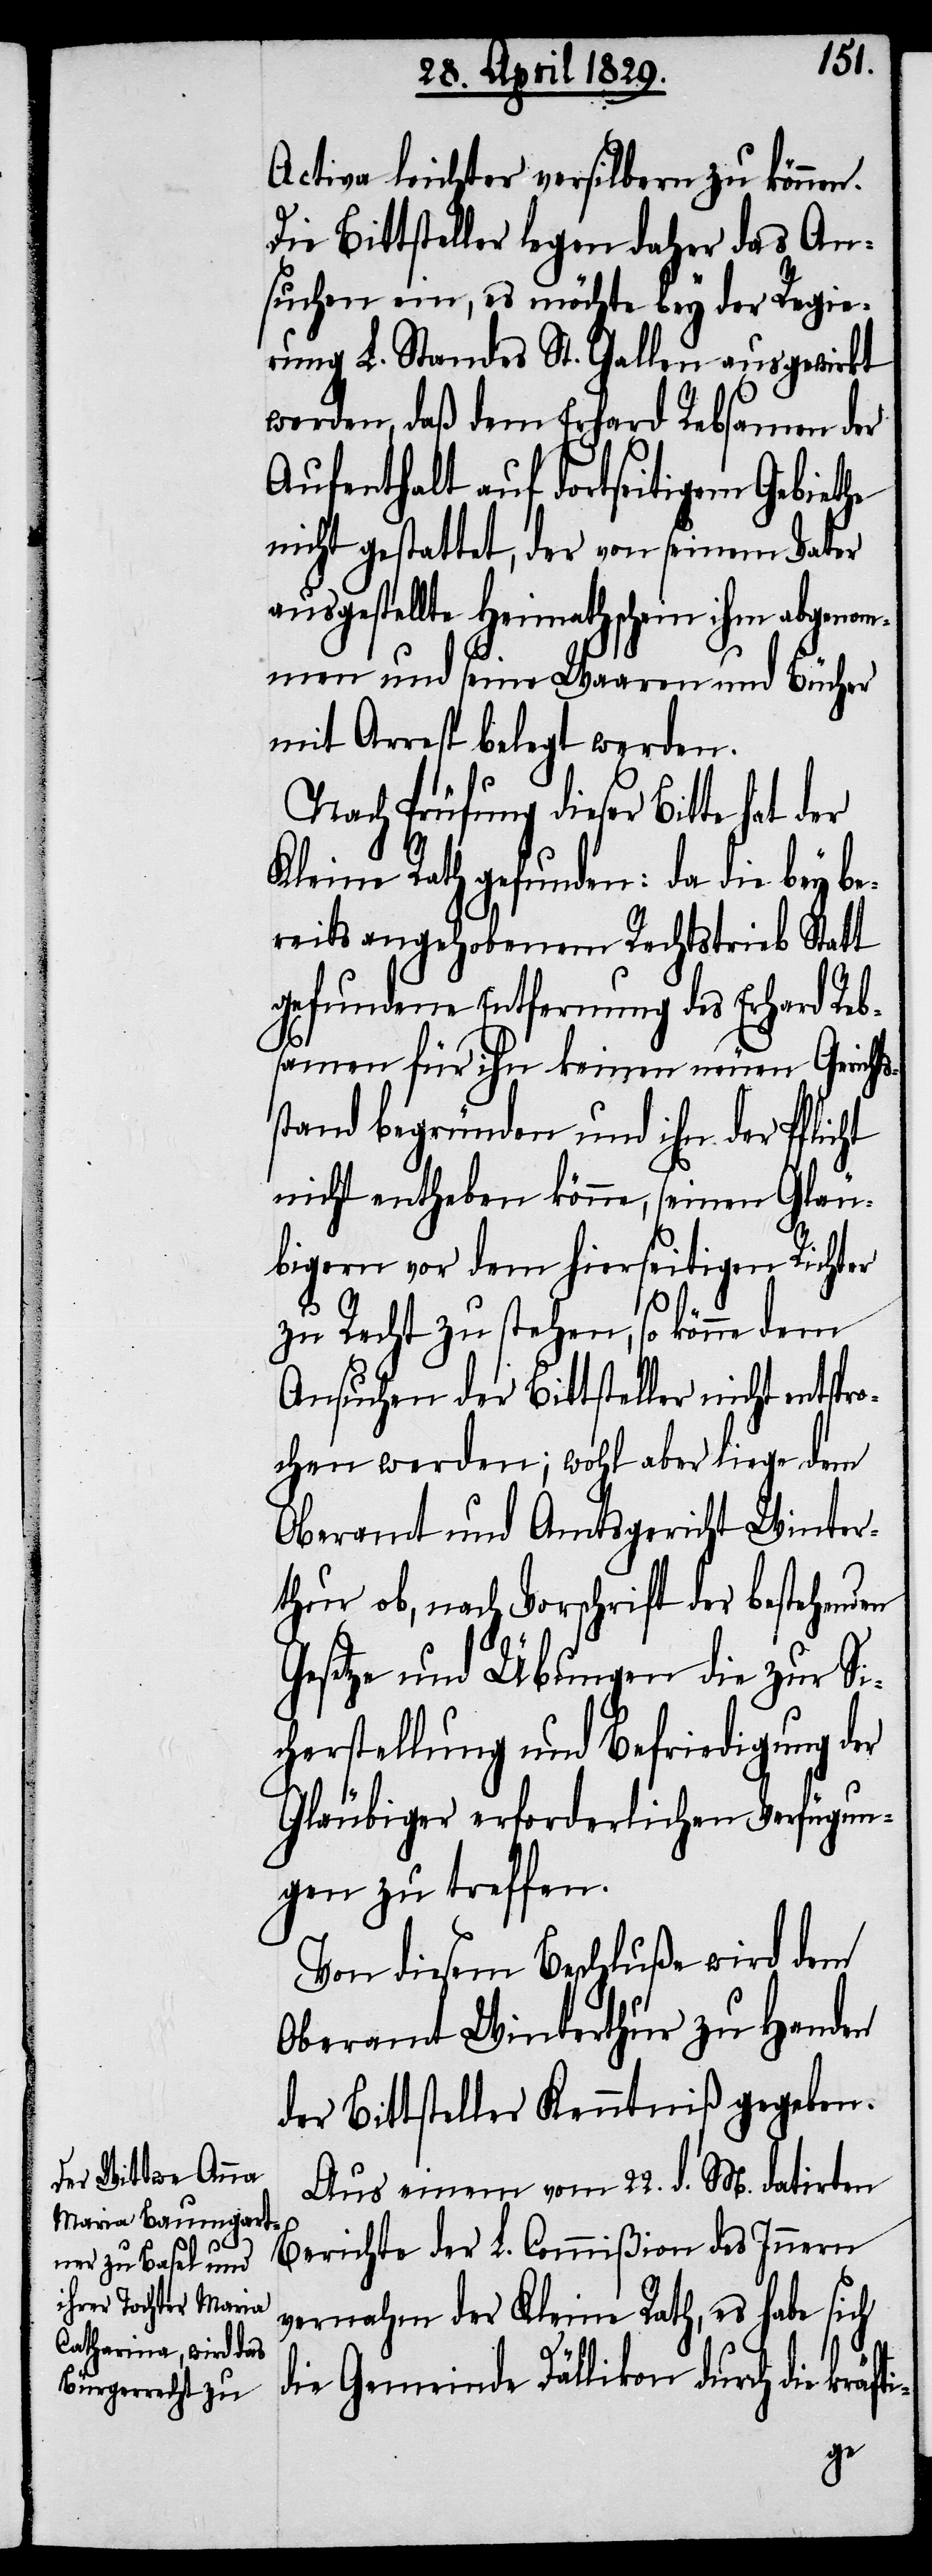
[sic!] leichter versilbern zu können.
Die Bittsteller legen daher das An¬
suchen ein, es möchte bey der Regie¬
rung L. Standes St. Gallen ausgewirkt
werden, daß dem Erhard Rebsamen der
Aufenthalt auf dortseitigem Gebiethe
nicht gestattet, der von seinem Vater
ausgestellte Heimathschein ihm abgenom¬
men und seine Waaren und Bücher
mit Arrest belegt werden.
Nach Prüfung dieser Bitte hat der
Kleine Rath gefunden: da die bey be¬
reits angehobenem Rechtstrieb Statt
gefundene Entfernung des Erhard Reb¬
samen für ihn keinen neuen Gericht¬
stand begründen und ihn der Pflicht
nicht entheben könne, seinen Gläu¬
bigern vor dem hierseitigen Richter
zu Recht zu stehen, so könne dem
Ansuchen der Bittsteller nicht entspro¬
chen werden; wohl aber liege dem
Oberamt und Amtsgericht Winter¬
thur ob, nach Vorschrift der bestehenden
Gesetze und Übungen die zur Si¬
cherstellung und Befriedigung der
Gläubiger erforderlichen Verfügun¬
gen zu treffen.
Von diesem Beschluße wird dem
Oberamt Winterthur zu Handen
der Bittsteller Kenntniß gegeben.
Aus einem vom 22. d. M. datirten
Berichte der L. Commißion des Innern
vernahm der Kleine Rath, es habe sich
i-
die Gemeinde Dällikon durch die kräft¬